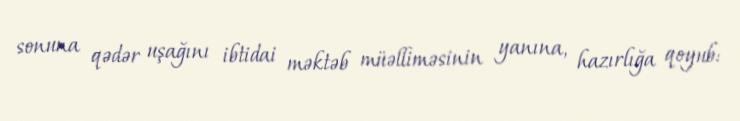
sonuna qədər uşağını ibtidai məktəb müəlliməsinin yanına, hazırlığa qoyub: